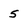
Character: 5